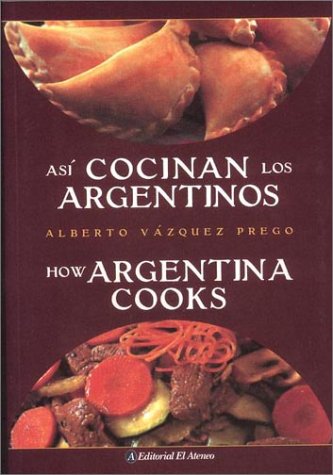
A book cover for Asi Cocinan los Argentinos / How Argentina Cooks (Spanish and English Edition); Alberto Vazquez-Prego; Cookbooks, Food & Wine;